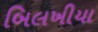
બિલખીયા